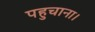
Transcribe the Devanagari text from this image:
पहुचाना।